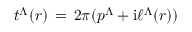
t ^ { \Lambda } ( r ) \, = \, 2 \pi ( p ^ { \Lambda } + \mathrm { i } \ell ^ { \Lambda } ( r ) )